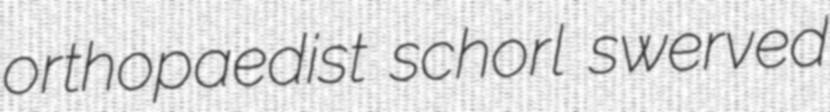
orthopaedist schorl swerved